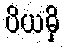
ပိယမှိ